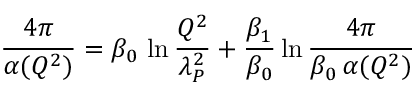
{ \frac { 4 \pi } { \alpha ( Q ^ { 2 } ) } } = \beta _ { 0 } \, \ln { \frac { Q ^ { 2 } } { \lambda _ { P } ^ { 2 } } } + { \frac { \beta _ { 1 } } { \beta _ { 0 } } } \ln { \frac { 4 \pi } { \beta _ { 0 } \, \alpha ( Q ^ { 2 } ) } }